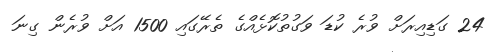
24 ގަޑިއިރަށް ވުރެ ކުޑަ ވަގުތުކޮޅެއްގެ ތެރޭގައި 1500 އަށް ވުރެން ގިނަ